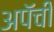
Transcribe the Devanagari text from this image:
अपॅची